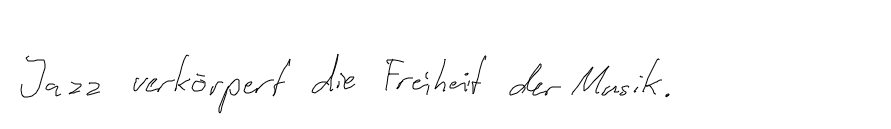
Jazz verkörpert die Freiheit der Musik.